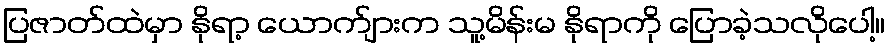
ပြဇာတ်ထဲမှာ နိုရာ့ ယောက်ျားက သူ့မိန်းမ နိုရာကို ပြောခဲ့သလိုပေါ့။